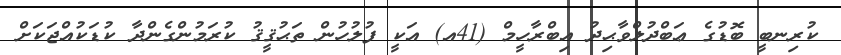
ކުރިނބީ ބޮޑުގެ ޢަބްދުލްވާޙިދު އިބްރާހީމް (41އ) އަކީ ފުލުހުން ތަޙުޤީޤު ކުރަމުންގެންދާ ކުޑަކުއްޖަކަށް